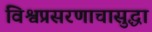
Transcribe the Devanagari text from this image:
विश्वप्रसरणाचासुद्धा